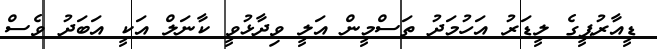
ޑީއާރުޕީގެ ލީޑަރު އަހުމަދު ތަސްމީން އަލީ ވިދާޅުވީ ކާނަލް އަކީ އަބަދު ވެސް